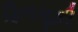
ફિલસૂફી